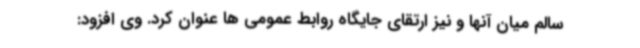
سالم میان آنها و نیز ارتقای جایگاه روابط عمومی ها عنوان کرد. وی افزود: